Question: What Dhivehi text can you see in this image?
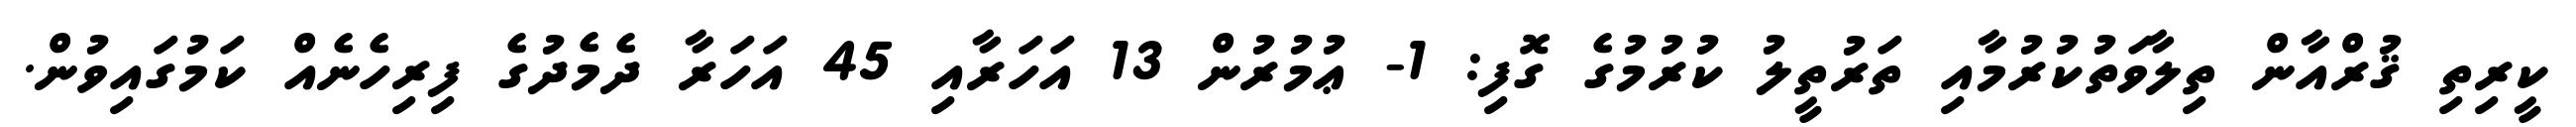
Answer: ކީރިތި ޤުރްއާން ތިލާވަތުކުރުމާއި ތަރުތީލު ކުރުމުގެ ގޮފި: 1- ޢުމުރުން 13 އަހަރާއި 45 އަހަރާ ދެމެދުގެ ފިރިހެނެއް ކަމުގައިވުން.